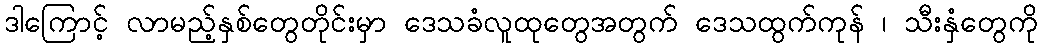
ဒါကြောင့် လာမည့်နှစ်တွေတိုင်းမှာ ဒေသခံလူထုတွေအတွက် ဒေသထွက်ကုန် ၊ သီးနှံတွေကို